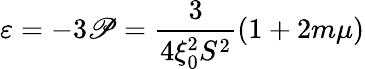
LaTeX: \varepsilon=-3\mathscr{P}=\frac{{3}}{{4\xi_{0}^{2}S^{2}}}(1+2m\mu)